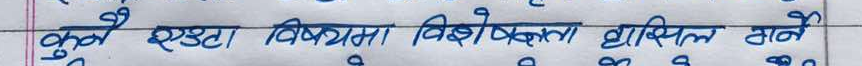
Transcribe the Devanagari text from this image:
कुनै एउटा विषयका विषयवस्तु हासिल गर्ने